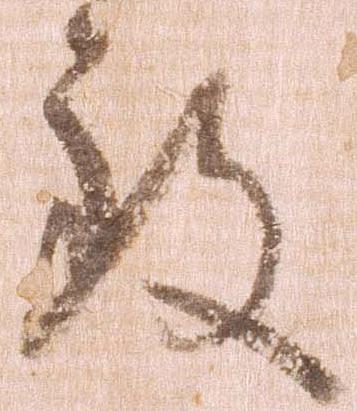
致